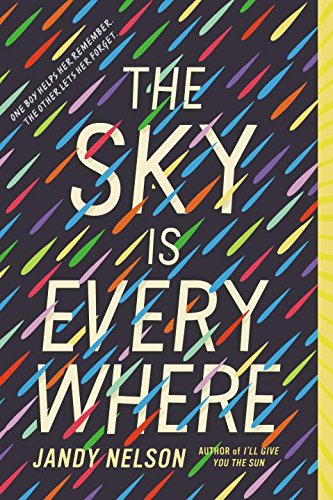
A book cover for The Sky Is Everywhere; Jandy Nelson; Teen & Young Adult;